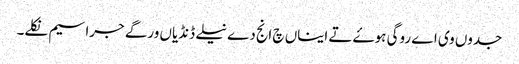
جدوں وی اے روگی ہوۓ تے ایناں چ انج دے نیلے ڈنڈیاں ورگے جراسیم نکلے۔